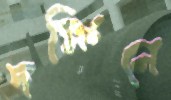
দক্ষিনে